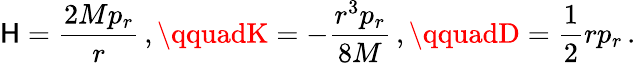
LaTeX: \mathsf{H}={\frac{{2Mp_{r}}}{{r}}}\, ,\qquadK=-{\frac{{r^{3}p_{r}}}{{8M}}}\, ,\qquadD={\frac{{1}}{{2}}}rp_{r}\, .